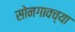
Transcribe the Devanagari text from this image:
सोनगावच्या